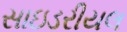
સાઇડરીયલ